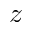
z